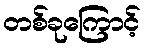
တစ်ခုကြောင့်